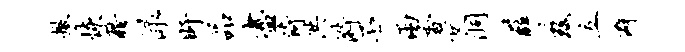
撤恢藉渌盱品尽倚洪漪丕两香交洞薛兹立僻